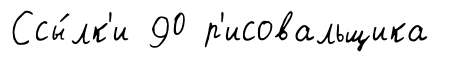
Ссы́лк'и 90 р'исовальщика